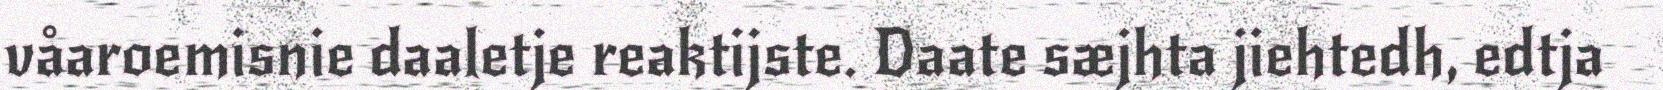
våaroemisnie daaletje reaktijste. Daate sæjhta jiehtedh, edtja